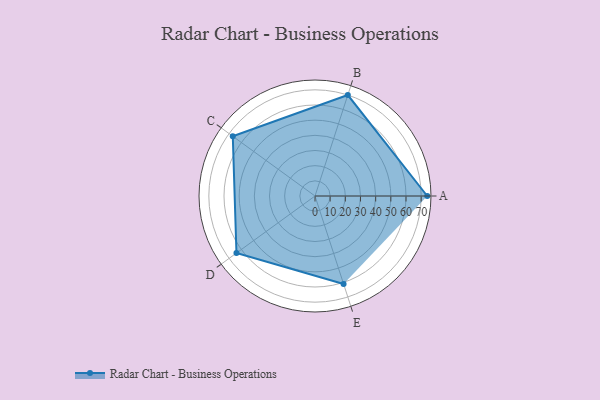
{"axis": {"x": "Skill", "y": "Score"}, "legend": ["Profile"], "data": [{"x": "A", "y": 74.0, "type": "Profile"}, {"x": "B", "y": 70.0, "type": "Profile"}, {"x": "C", "y": 67.0, "type": "Profile"}, {"x": "D", "y": 64.0, "type": "Profile"}, {"x": "E", "y": 61.0, "type": "Profile"}]}